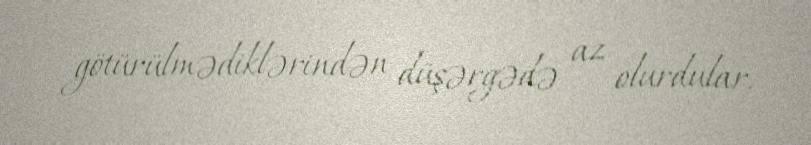
götürülmədiklərindən düşərgədə az olurdular.